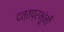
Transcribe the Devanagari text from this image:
दत्तप्रभूंनी